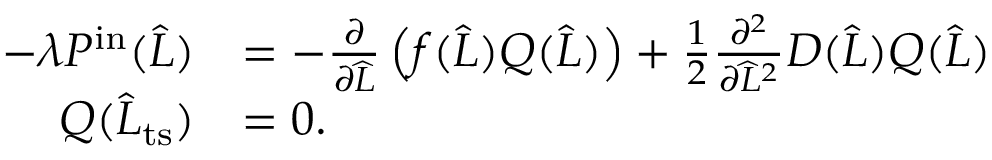
\begin{array} { r l } { - \lambda P ^ { \mathrm { i n } } ( \widehat { L } ) } & { = - \frac { \partial } { \partial \widehat { L } } \left( f ( \widehat { L } ) Q ( \widehat { L } ) \right) + \frac { 1 } { 2 } \frac { \partial ^ { 2 } } { \partial \widehat { L } ^ { 2 } } D ( \widehat { L } ) Q ( \widehat { L } ) } \\ { Q ( \widehat { L } _ { \mathrm { t s } } ) } & { = 0 . } \end{array}